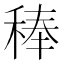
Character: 𮃉